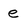
Character: e